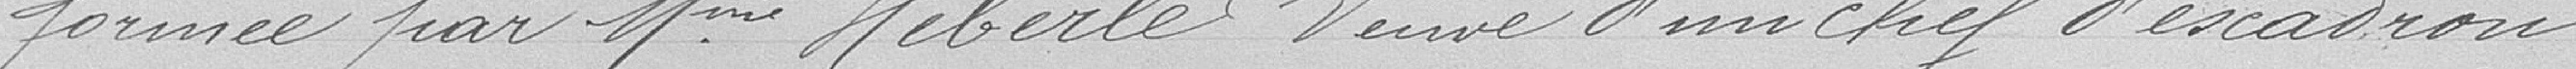
formée par Mme Heberlé, veuve d'un chef d'escadron